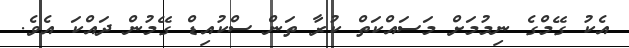
އެކު ގޭމްގެ ނިމުމަށް މަސައްކަތް ކުރާ ތަން ސްކުއިޑް ގޭމުން ދައްކަ އެވެ.